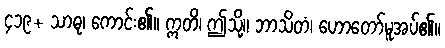
၄၁၉+ သာဓု၊ ကောင်း၏။ ဣတိ၊ ဤသို့။ ဘာသိတံ၊ ဟောတော်မူအပ်၏။